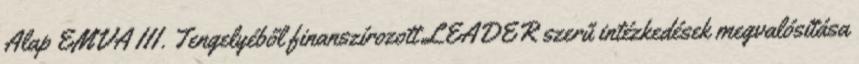
Alap EMVA III. Tengelyéből finanszírozott LEADER szerű intézkedések megvalósítása